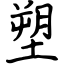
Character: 塑